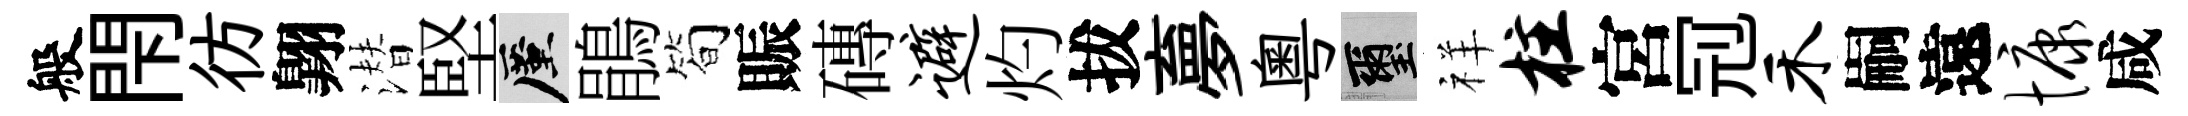
般閇彷翺潜堅厪鵑简賑磚避灼拔夣粤璽祥柱宮𠜍禾嗣遠慷咸